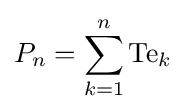
P_{n}=\sum _{k=1}^{n}\mathrm {Te} _{k}